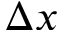
\Delta x